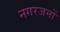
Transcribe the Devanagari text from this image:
नगरजनों